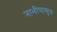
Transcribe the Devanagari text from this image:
नाभीपासुन